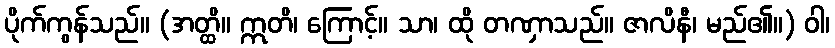
ပိုက်ကွန်သည်။ (အတ္ထိ။ ဣတိ၊ ကြောင့်။ သာ၊ ထို တဏှာသည်။ ဇာလိနီ၊ မည်၏။) ဝါ၊